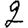
Digit: 2